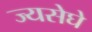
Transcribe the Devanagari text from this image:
ज्यसेघे